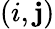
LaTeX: \left(i,\mathbf{j}\right)